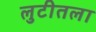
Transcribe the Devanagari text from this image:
लुटीतला